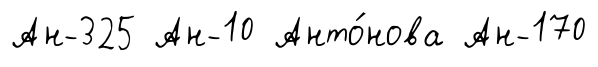
Ан-325 Ан-10 Анто́нова Ан-170